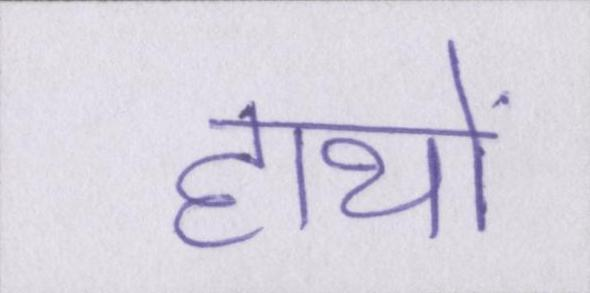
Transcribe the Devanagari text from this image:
हाथों